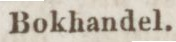
Bokhandel.